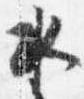
水